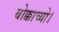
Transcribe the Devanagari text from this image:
बोक्काच्यो।